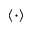
\langle \cdot \rangle